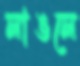
লাঙলে